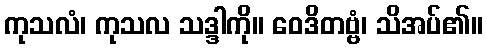
ကုသလံ၊ ကုသလ သဒ္ဒါကို။ ဝေဒိတဗ္ဗံ၊ သိအပ်၏။